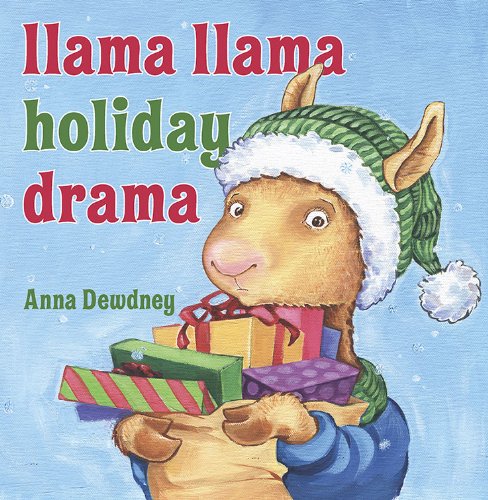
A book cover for Llama Llama Holiday Drama; Anna Dewdney; Children's Books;